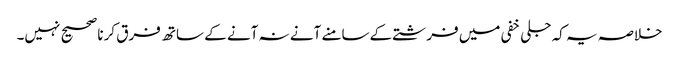
خلاصہ یہ کہ جلی خفی میں فرشتے کےسامنے آنے نہ آنے کے ساتھ فرق کرنا صحیح نہیں۔